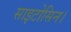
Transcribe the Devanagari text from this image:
साइटोसिन।